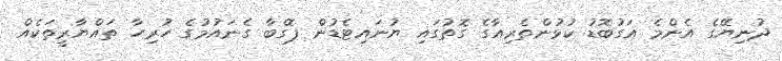
ދުނިޔޭގެ އެންމެ އަގުބޮޑު ކުޅުންތެރިއާގެ ގޮތުގައި ޔުނައިޓެޑުން ޕޮގްބާ ގެނައުމުގެ ހުރިހާ ތައްޔާރީތަކެއް